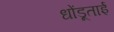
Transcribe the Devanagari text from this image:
धोंडूताई